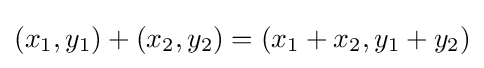
(x_{1},y_{1})+(x_{2},y_{2})=(x_{1}+x_{2},y_{1}+y_{2})